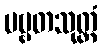
ပဗ္ဗတသုတ္တံ